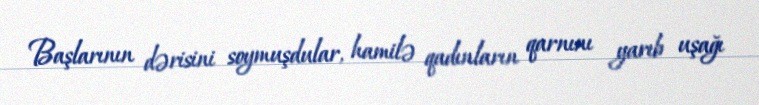
Başlarının dərisini soymuşdular, hamilə qadınların qarnını yarıb uşağı